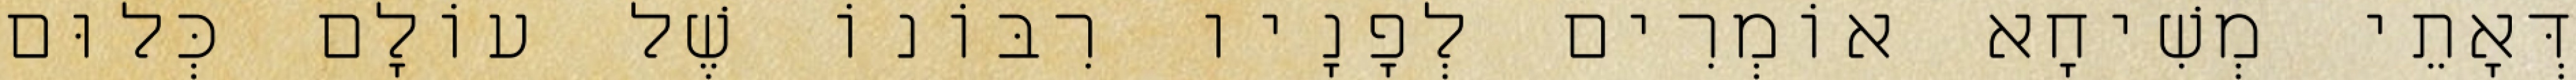
דְּאָתֵי מְשִׁיחָא אוֹמְרִים לְפָנָיו רִבּוֹנוֹ שֶׁל עוֹלָם כְּלוּם